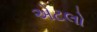
એટલો